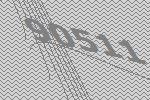
90511